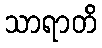
သာရာတိ